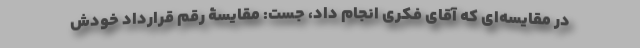
در مقایسه‌ای که آقای فکری انجام داد، جُست: مقایسۀ رقم قرار‌داد خودش